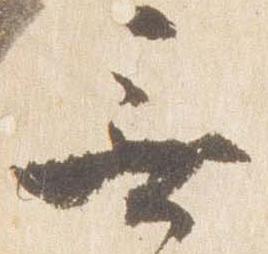
無